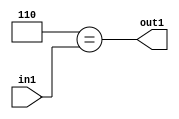
`timescale 1ps / 1ps
/*****************************************************************************
    Verilog RTL Description
    
    
    Created by: Stratus DpOpt 2019.1.01 
*******************************************************************************/

module cache_Eqi6u8_4_1 (
	in1,
	out1
	); /* architecture "behavioural" */ 
input [7:0] in1;
output  out1;
wire  asc001;

assign asc001 = (13'B0000000000110==in1);

assign out1 = asc001;
endmodule

/* CADENCE  urX2SgA= : u9/ySgnWtBlWxVPRXgAZ4Og= ** DO NOT EDIT THIS LINE ******/